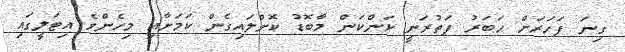
ގިނަ ފަހަރަށް ހަބަރު ފަތުރަނީ ކަންކަން މާބޮޑު ކޮށްލައިގެން ކަމަށާއި މިހެންވެ އިޓަލީގައި